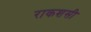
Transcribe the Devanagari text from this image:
राकशसी